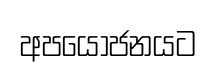
අපයෝජනයට